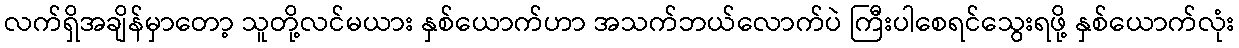
လက်ရှိအချိန်မှာတော့ သူတို့လင်မယား နှစ်ယောက်ဟာ အသက်ဘယ်လောက်ပဲ ကြီးပါစေရင်သွေးရဖို့ နှစ်ယောက်လုံး